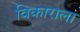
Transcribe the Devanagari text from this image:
विकाराला